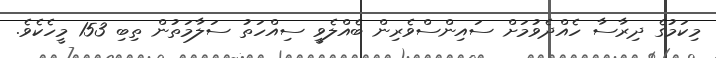
މިކަމުގެ ދިރާސާ ހެއްދެވުމަށް ސައިންސްވެރިން ބެއްލެވީ ސިއްހަތު ސަލާމަތުން ތިބި 153 މީހެކެވެ.